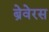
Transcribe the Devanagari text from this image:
ब्रेवेरस